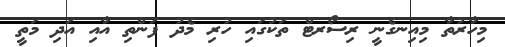
މިހާރުތާ މިއިނގެނީ ރިސޯރޓް ތަކުގައި ހުރި މެދު ފަންތި އާއި އަދި މަތީ